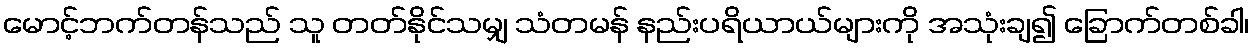
မောင့်ဘက်တန်သည် သူ တတ်နိုင်သမျှ သံတမန် နည်းပရိယာယ်များကို အသုံးချ၍ ခြောက်တစ်ခါ၊